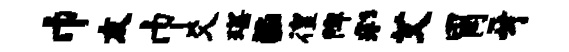
巾友巾爻琛E徨陴彩艾胃牙